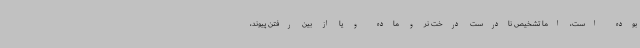
بوده است، اما تشخیص نادرست درخت نر و ماده و یا از بین رفتن پیوند،